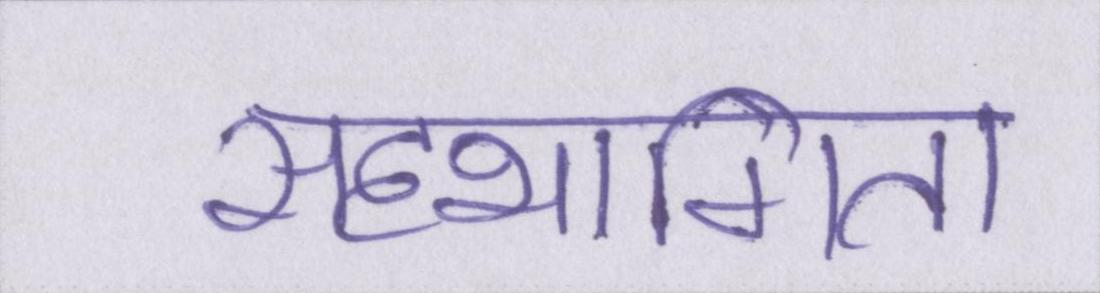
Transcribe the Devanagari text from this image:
सहभागिता